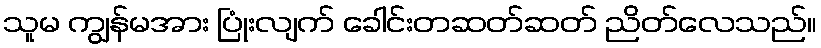
သူမ ကျွန်မအား ပြုံးလျက် ခေါင်းတဆတ်ဆတ် ညိတ်လေသည်။